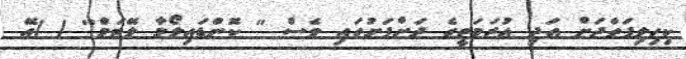
ކިހިލިފަތްދަށް އަދި އުރަމަތީގެ ދަށްފަށުގައި ވެސް '' ކޮންޑައިލޯމާ ލޭޓަމް'' ( )އޭ